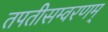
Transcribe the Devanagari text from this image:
तपतीसम्वरणम्